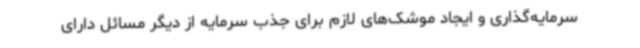
سرمایه‌گذاری و ایجاد موشک‌های لازم برای جذب سرمایه از دیگر مسائل دارای